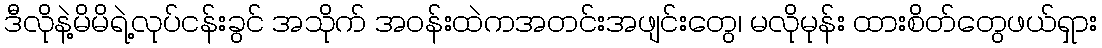
ဒီလိုနဲ့မိမိရဲ့လုပ်ငန်းခွင် အသိုက် အဝန်းထဲကအတင်းအဖျင်းတွေ၊ မလိုမုန်း ထားစိတ်တွေဖယ်ရှား